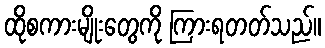
ထိုစကားမျိုးတွေကို ကြားရတတ်သည်။